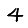
Digit: 4